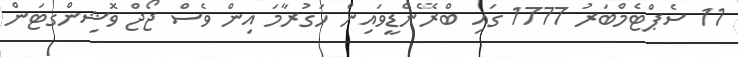
11 ސެޕްޓެމްބަރު 1777 ގައި ބްރޭންޑީވައިން ހަގުރާމަ އިން ވެސް ޖޯޖް ވޮޝިންގޓަން